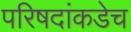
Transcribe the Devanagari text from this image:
परिषदांकडेच